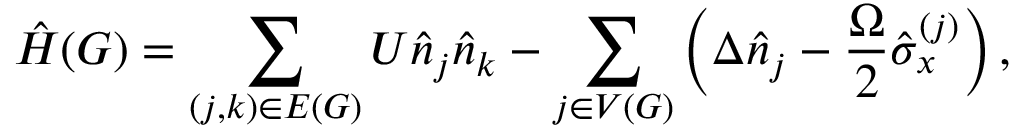
\hat { H } ( { G } ) = \sum _ { ( j , k ) \in E ( G ) } U \hat { n } _ { j } \hat { n } _ { k } - \sum _ { j \in V ( G ) } \left( \Delta \hat { n } _ { j } - \frac { \Omega } { 2 } \hat { \sigma } _ { x } ^ { ( j ) } \right) ,